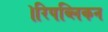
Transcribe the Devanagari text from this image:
।रिपब्लिकन